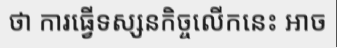
ថា ការធ្វើទស្សនកិច្ចលើកនេះ អាច